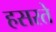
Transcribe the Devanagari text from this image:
हसरते